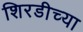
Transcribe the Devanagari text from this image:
शिरडीच्या